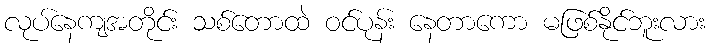
လုပ်နေကျအတိုင်း သစ်တောထဲ ဝင်ပုန်း နေတာကော မဖြစ်နိုင်ဘူးလား